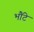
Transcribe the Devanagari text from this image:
भौंटे